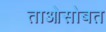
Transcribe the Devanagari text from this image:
ताओसोबत